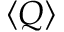
\langle Q \rangle